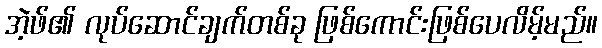
အဲ့ဖ်၏ လုပ်ဆောင်ချက်တစ်ခု ဖြစ်ကောင်းဖြစ်ပေလိမ့်မည်။